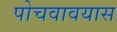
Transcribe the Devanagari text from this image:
पोचवावयास